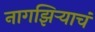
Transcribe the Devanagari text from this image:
नागझिऱ्याचं